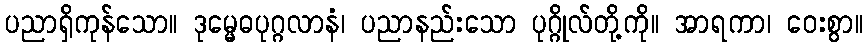
ပညာရှိကုန်သော။ ဒုမ္မေဓပုဂ္ဂလာနံ၊ ပညာနည်းသော ပုဂ္ဂိုလ်တို့ကို။ အာရကာ၊ ဝေးစွာ။